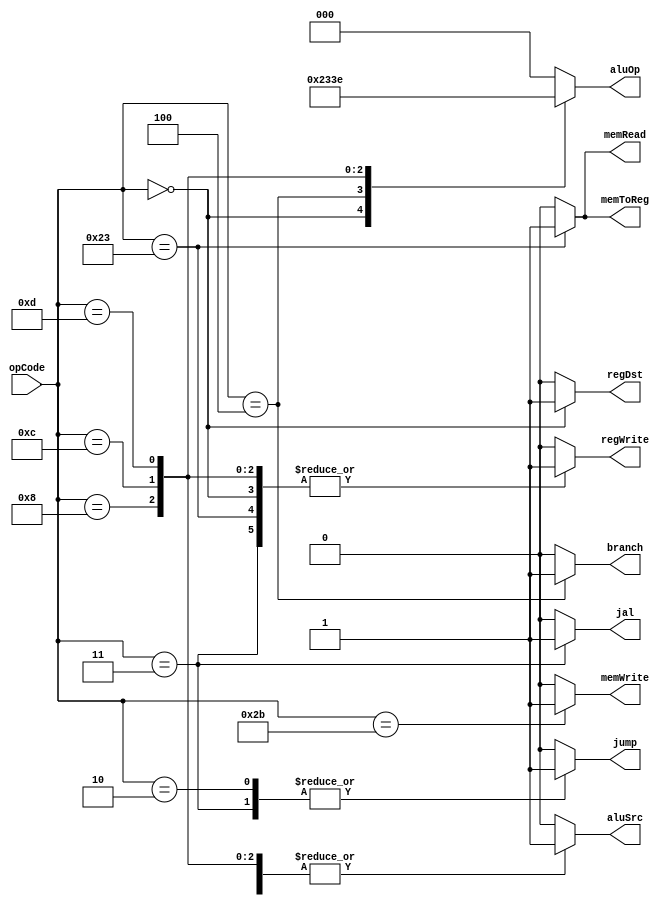
`timescale 1ns / 1ps
//////////////////////////////////////////////////////////////////////////////////
// Company: Shanghai Jiao Tong University
// 
// Design Name: 
// Module Name: Ctr
// Project Name: 
// Target Devices: 
// Tool Versions: 
// Description: 
// 
// Dependencies: 
// 
// Revision:
// Revision 0.01 - File Created
// Additional Comments:
// 
//////////////////////////////////////////////////////////////////////////////////


module Ctr(
    input [5:0] opCode,
    output reg regDst,
    output reg aluSrc,
    output reg memToReg,
    output reg regWrite,
    output reg memRead,
    output reg memWrite,
    output reg branch,
    output reg [2:0] aluOp,
    output reg jump,
    output reg jal
    );
    
    always @(opCode)
    begin
        case(opCode)
        6'b000000://R-type
        begin
            regDst=1;
            aluSrc=0;
            memToReg=0;
            regWrite=1;
            memRead=0;
            memWrite=0;
            branch=0;
            aluOp=3'b010;
            jump=0;
            jal=0;
        end
        6'b100011://I-type:lw
        begin
            regDst=0;
            aluSrc=1;
            memToReg=1;
            regWrite=1;
            memRead=1;
            memWrite=0;
            branch=0;
            aluOp=3'b000;
            jump=0;
            jal=0;
        end
        6'b101011://I-type:sw
        begin
            regDst=0;
            aluSrc=1;
            memToReg=0;
            regWrite=0;
            memRead=0;
            memWrite=1;
            branch=0;
            aluOp=3'b000; 
            jump=0;
            jal=0;           
        end
        6'b000100://I-type:beq
        begin
            regDst=0;
            aluSrc=0;
            memToReg=0;
            regWrite=0;
            memRead=0;
            memWrite=0;
            branch=1;
            aluOp=3'b001;
            jump=0;
            jal=0;
        end
        6'b000010://J-type:j
        begin
            regDst=0;
            aluSrc=0;
            memToReg=0;
            regWrite=0;
            memRead=0;
            memWrite=0;
            branch=0;
            aluOp=3'b000;
            jump=1;
            jal=0;
        end
        6'b001000://I-type:addi
        begin
            regDst=0;
            aluSrc=1;
            memToReg=0;
            regWrite=1;
            memRead=0;
            memWrite=0;
            branch=0;
            aluOp=3'b100;
            jump=0;
            jal=0;
        end
        6'b001100://I-type:andi
        begin
            regDst=0;
            aluSrc=1;
            memToReg=0;
            regWrite=1;
            memRead=0;
            memWrite=0;
            branch=0;
            aluOp=3'b111;
            jump=0;
            jal=0;
        end
        6'b001101://I-type:ori
        begin
            regDst=0;
            aluSrc=1;
            memToReg=0;
            regWrite=1;
            memRead=0;
            memWrite=0;
            branch=0;
            aluOp=3'b110;
            jump=0;
            jal=0;
        end
        6'b000011://J-type:jal
        begin
            regDst=0;
            aluSrc=0;
            memToReg=0;
            regWrite=1;
            memRead=0;
            memWrite=0;
            branch=0;
            aluOp=3'b000;
            jump=1;
            jal=1;
        end
        
        default:
        begin
            regDst=0;
            aluSrc=0;
            memToReg=0;
            regWrite=0;
            memRead=0;
            memWrite=0;
            branch=0;
            aluOp=3'b000;
            jump=0;
            jal=0;
        end
        endcase    
    end
endmodule